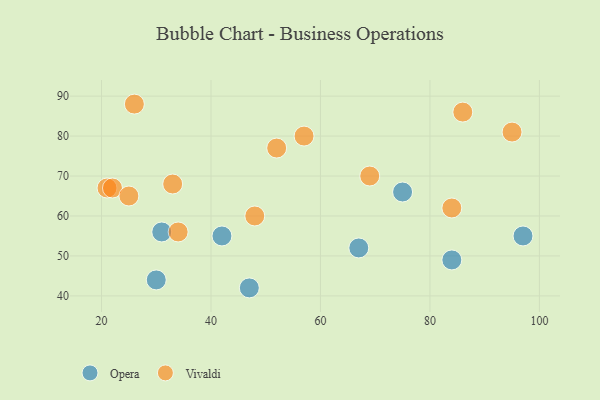
{"axis": {"x": "GDP", "y": "Life Expectancy"}, "legend": ["Opera", "Vivaldi"], "data": [{"x": "97", "y": 55, "type": "Opera"}, {"x": "47", "y": 42, "type": "Opera"}, {"x": "75", "y": 66, "type": "Opera"}, {"x": "31", "y": 56, "type": "Opera"}, {"x": "67", "y": 52, "type": "Opera"}, {"x": "42", "y": 55, "type": "Opera"}, {"x": "30", "y": 44, "type": "Opera"}, {"x": "84", "y": 49, "type": "Opera"}, {"x": "33", "y": 68, "type": "Vivaldi"}, {"x": "86", "y": 86, "type": "Vivaldi"}, {"x": "95", "y": 81, "type": "Vivaldi"}, {"x": "26", "y": 88, "type": "Vivaldi"}, {"x": "21", "y": 67, "type": "Vivaldi"}, {"x": "52", "y": 77, "type": "Vivaldi"}, {"x": "48", "y": 60, "type": "Vivaldi"}, {"x": "69", "y": 70, "type": "Vivaldi"}, {"x": "57", "y": 80, "type": "Vivaldi"}, {"x": "22", "y": 67, "type": "Vivaldi"}, {"x": "25", "y": 65, "type": "Vivaldi"}, {"x": "84", "y": 62, "type": "Vivaldi"}, {"x": "34", "y": 56, "type": "Vivaldi"}]}